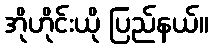
အိုဟိုင်းယို ပြည်နယ်။